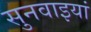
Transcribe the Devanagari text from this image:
सुनवाइयां